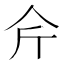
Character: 𱎥